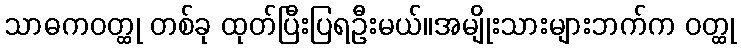
သာဓကဝတ္ထု တစ်ခု ထုတ်ပြီးပြရဦးမယ်။အမျိုးသားများဘက်က ဝတ္ထု